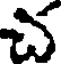
చ